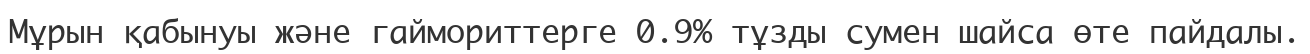
Мұрын қабынуы және гаймориттерге 0.9% тұзды сумен шайса өте пайдалы.